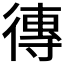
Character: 𪫖